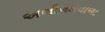
અભીગમવાળા